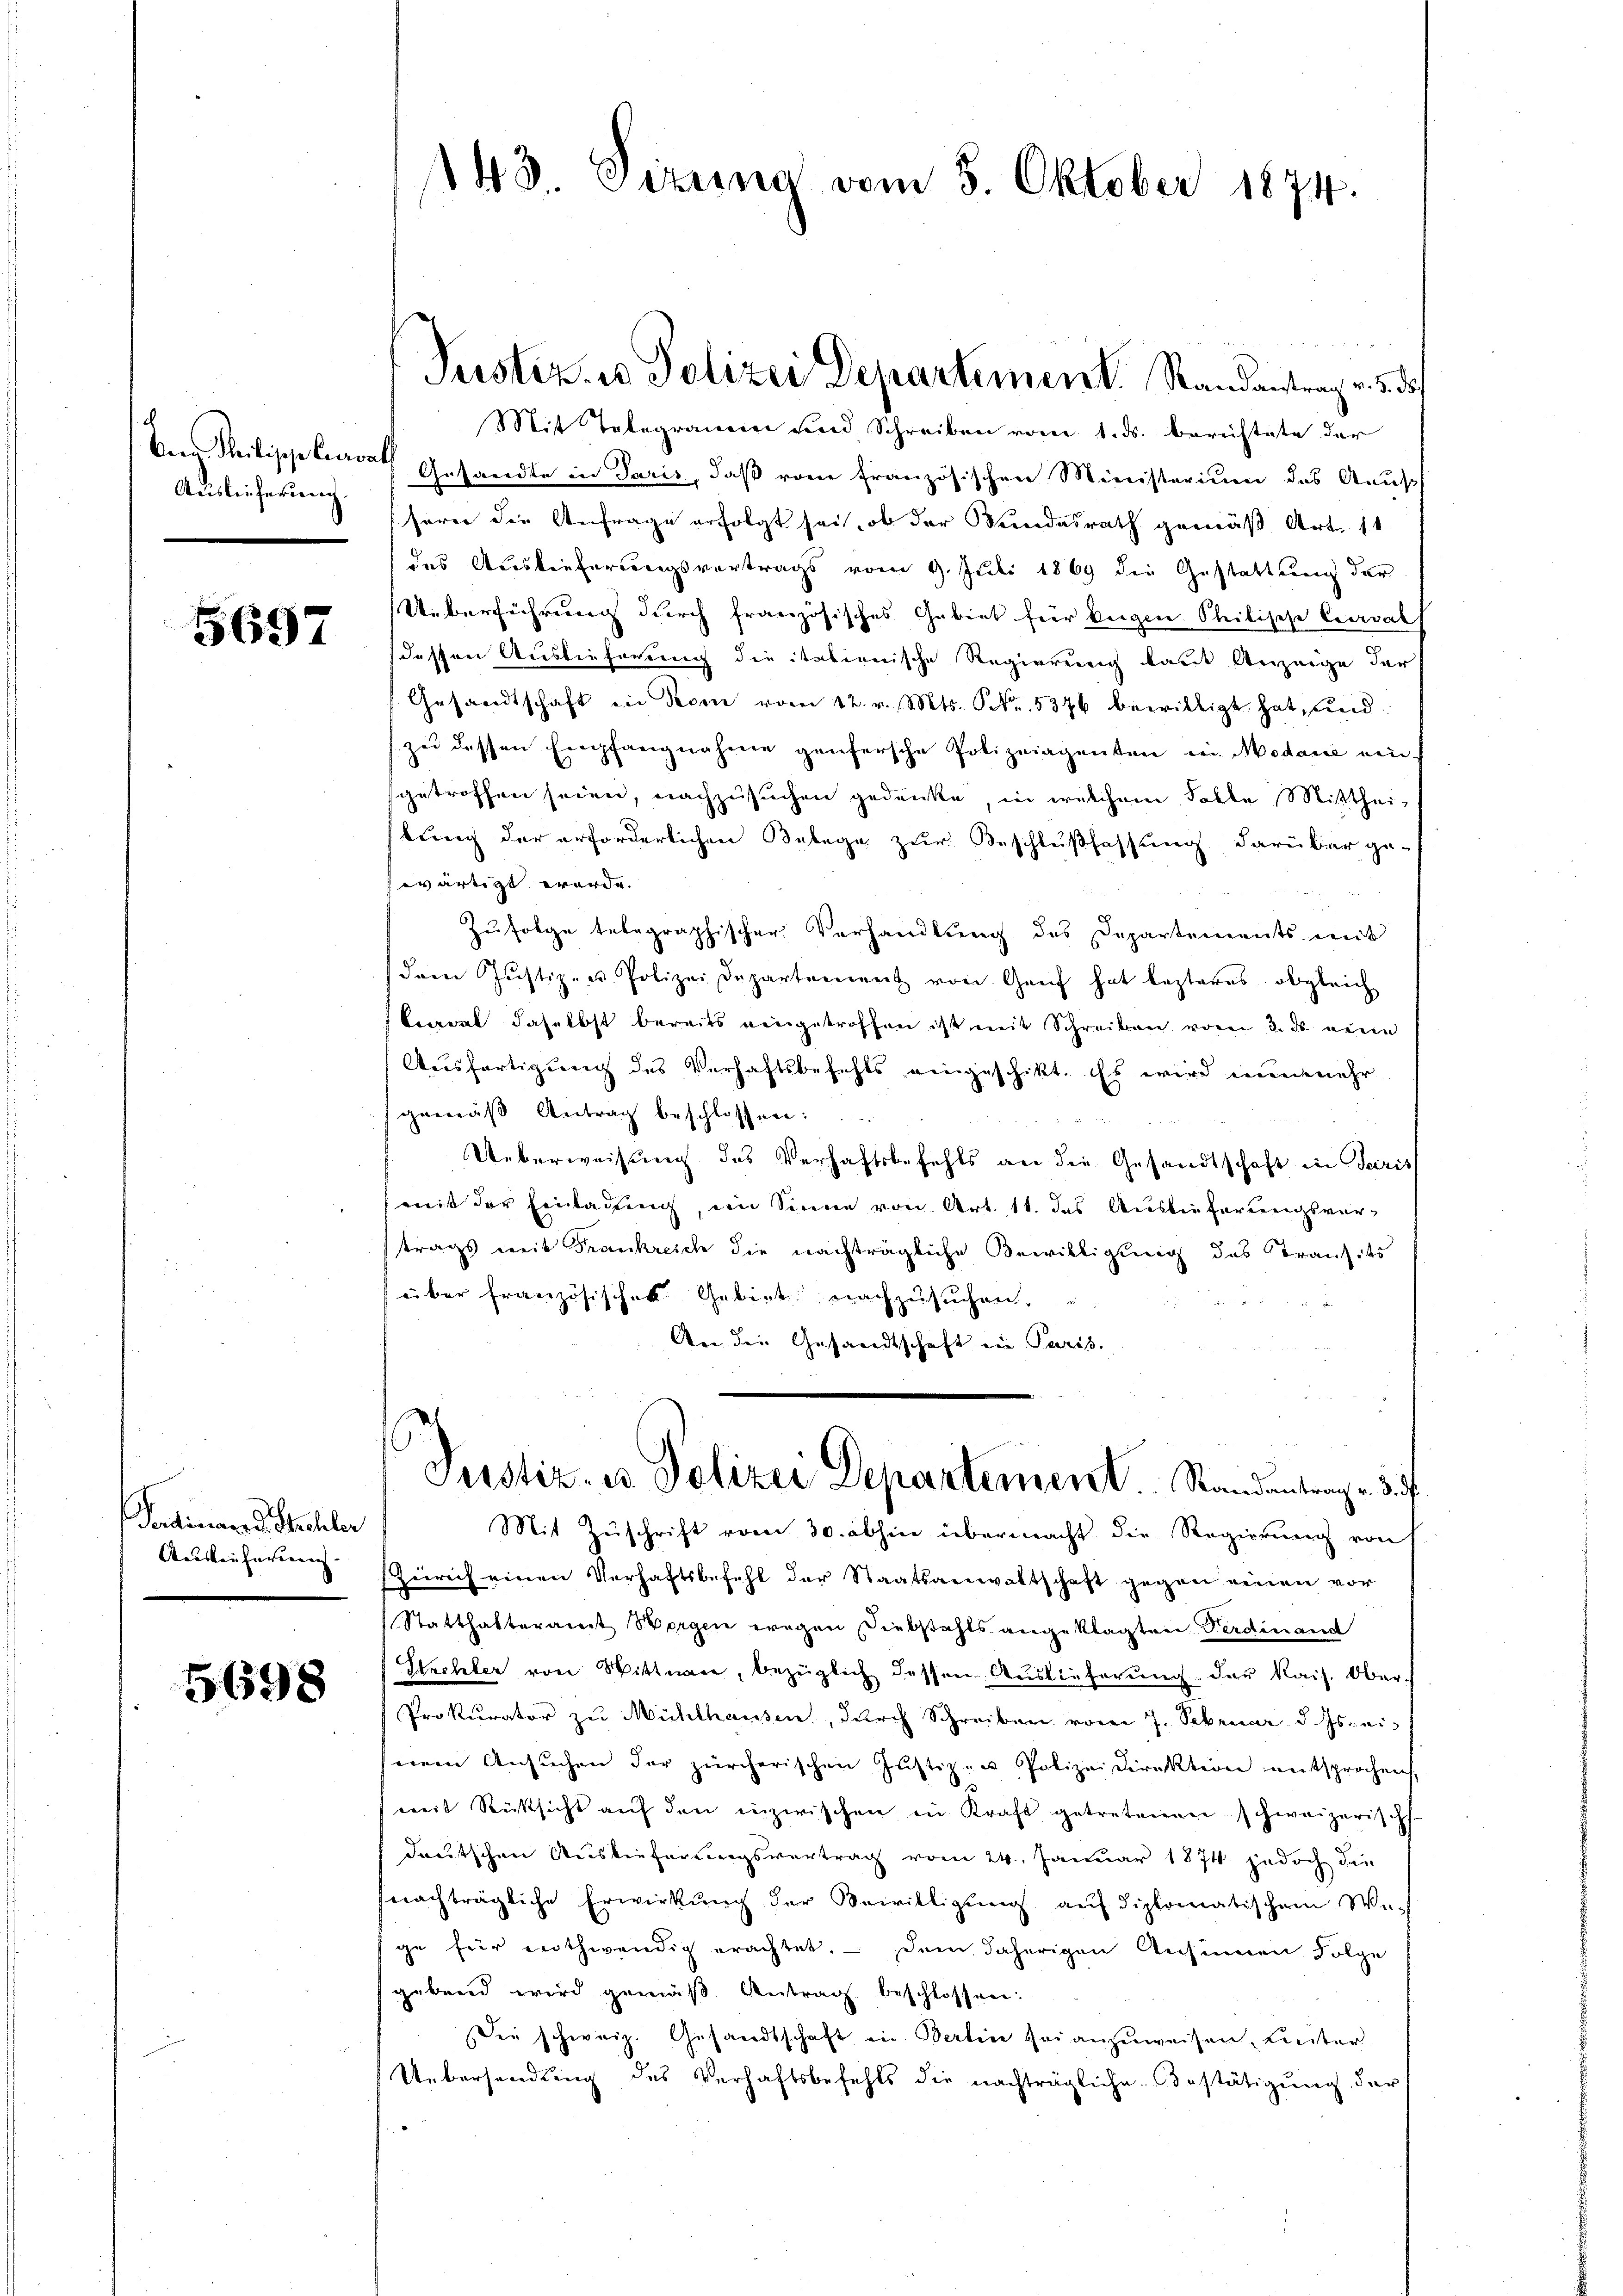
Auslieferung.
.

5697

Verdinare d. Stechler
Aauskaufernung

5698

143 Sizung vom 5. Oktober 1874.

Mit Telegramm und Schreiben vom 1. ds. bereistete der
Der Philipp Curve Gesandte in Paris, daß vom französischen Ministerium das Aus
serer die Anfrage erfolgt sei, ob der Bundesrath gemäß Art. 14
des Auslieferungsvertrags vom 9. Juli 1869 die Gestattung der
Ueberführung durch französisches Gebiet für beigen Stilische Cavall
dessen Auslieferung die italienische Regierung laut Anzeige der
Gesandtschaft in Rom vom 12. v. Mts. Fr. 5376 bewilligt hat, und
ze dessen Empfangnahme genfersche Polizeiagenten in Modare einsgetroffen seien, nachzusuchen gedenke, in welchem Falle Mitthei-
bung der erforderlichen Belege zur Beschlußfassung darüber ge-
wärtigt werde.
Zufolge telegraphischer Verhandlung des Departements mit
(dem Justiz- u. Polizei Departement von Genf hat lezteres obgleich
larat daselbst bereits eingetroffen ist mit Schreiben vom 3. ds. eine
Ausfertigung des Verhaftsbefehls eingeschikt. Es wird nunmehr
gemäß Antrag beschlossen:
Ueberweisung des Verhaftsbefehls an die Gesandtschaft in Paris
mit der Einladung, im Sinne von Art. 11. das Auslieferungsvertrags mit Frankreich die nachträgliche Bewilligung des Transits
über französisches Gebiet nachzusuchen,
An der Gesandtschaft ein Paris.
Justiz, es Polizei Departement Randantrage du
Mit Zŭschrift vom 30. abhin übermacht die Regierung von
Zürich einen Verhaftsbefehl der Staatsanwaltschaft gegen einen vor
Statthalteramt Horgen wegen Diebstahls angeklagten Ferdinand
Schler von Wittwen, bezüglich dessen Auslieferŭng der Kais. Ober-
Prokurator zŭ Mühlhausen, durch Schreiben vom 7. Februar d. Js. ei
nem Ansŭchen der zürcherischen Justiz- u Polizeidirektion entsprochens.
mit Rücksicht aŭf den inzwischen in Kraft getretenen schweizerisch
deutschen Auslieferungsvertrag vom 24. Januar 1874 jedoch den
fnachträgliche Erwirkŭng der Bewilligŭng aŭf diplomatischem We-
ge für nothwendig erachtet. Dem daherigen Ansinnen Folge
gebend wird gemäß Antrag beschlossen:
Die schweiz. Gesandtschaft ein Berlin sei anzuweisen, Linter
Uebersendung des Verhaftsbefehls die nachträgliche Bestätigung der

Justiz- u Polizei Departement Randanstrag v. 5. d.